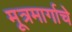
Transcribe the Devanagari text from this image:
मूत्रमार्गाचे